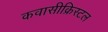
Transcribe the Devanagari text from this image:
कवासीक्रिस्टल